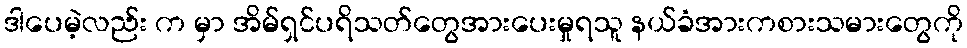
ဒါပေမဲ့လည်း က မှာ အိမ်ရှင်ပရိသတ်တွေအားပေးမှုရသူ နယ်ခံအားကစားသမားတွေကို